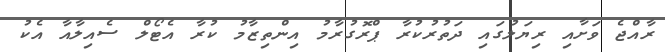
ރާއްޖެ ވަށާއި ރިޔަލުގައި ދަތުރުކުރާ ޕްރޮގުރާމު އިންތިޒާމު ކުރާ އެޓޯލް ސެއިލާއާ އެކު